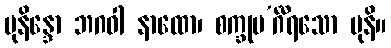
မုနိန္ဒော ဘဂဝါ နာထော၊ စက္ခုမ’င်္ဂီရသော မုနိ။